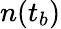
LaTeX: n(t_{b})